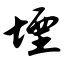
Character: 堙